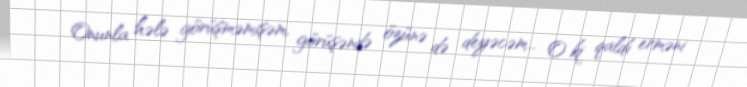
Onunla hələ görüşməmişəm, görüşəndə özünə də deyəcəm... O ki qaldı erməni